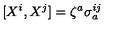
[ X ^ { i } , X ^ { j } ] = \zeta ^ { a } \sigma _ { a } ^ { i j }